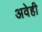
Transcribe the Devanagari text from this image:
अवेही